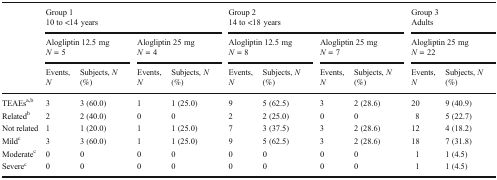
<table><thead><tr><td></td><td colspan="4"><b>Group 110 to &lt;14 years</b></td><td colspan="4"><b>Group 214 to &lt;18 years</b></td><td colspan="2"><b>Group 3Adults</b></td></tr><tr><td></td><td colspan="2"><b>Alogliptin 12.5 mg<i>N</i> = 5</b></td><td colspan="2"><b>Alogliptin 25 mg<i>N</i> = 4</b></td><td colspan="2"><b>Alogliptin 12.5 mg<i>N</i> = 8</b></td><td colspan="2"><b>Alogliptin 25 mg<i>N</i> = 7</b></td><td colspan="2"><b>Alogliptin 25 mg<i>N</i> = 22</b></td></tr><tr><td></td><td><b>Events, <i>N</i></b></td><td><b>Subjects, <i>N</i> (%)</b></td><td><b>Events, <i>N</i></b></td><td><b>Subjects, <i>N</i> (%)</b></td><td><b>Events, <i>N</i></b></td><td><b>Subjects, <i>N</i> (%)</b></td><td><b>Events, <i>N</i></b></td><td><b>Subjects, <i>N</i> (%)</b></td><td><b>Events, <i>N</i></b></td><td><b>Subjects, <i>N</i> (%)</b></td></tr></thead><tbody><tr><td>TEAEs<sup>a,b</sup></td><td>3</td><td>3 (60.0)</td><td>1</td><td>1 (25.0)</td><td>9</td><td>5 (62.5)</td><td>3</td><td>2 (28.6)</td><td>20</td><td>9 (40.9)</td></tr><tr><td>Related<sup>b</sup></td><td>2</td><td>2 (40.0)</td><td>0</td><td>0</td><td>2</td><td>2 (25.0)</td><td>0</td><td>0</td><td>8</td><td>5 (22.7)</td></tr><tr><td>Not related</td><td>1</td><td>1 (20.0)</td><td>1</td><td>1 (25.0)</td><td>7</td><td>3 (37.5)</td><td>3</td><td>2 (28.6)</td><td>12</td><td>4 (18.2)</td></tr><tr><td>Mild<sup>c</sup></td><td>3</td><td>3 (60.0)</td><td>1</td><td>1 (25.0)</td><td>9</td><td>5 (62.5)</td><td>3</td><td>2 (28.6)</td><td>18</td><td>7 (31.8)</td></tr><tr><td>Moderate<sup>c</sup></td><td>0</td><td>0</td><td>0</td><td>0</td><td>0</td><td>0</td><td>0</td><td>0</td><td>1</td><td>1 (4.5)</td></tr><tr><td>Severe<sup>c</sup></td><td>0</td><td>0</td><td>0</td><td>0</td><td>0</td><td>0</td><td>0</td><td>0</td><td>1</td><td>1 (4.5)</td></tr></tbody></table>